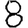
Digit: 8